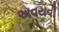
અવયવી